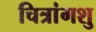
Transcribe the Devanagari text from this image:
चित्रांगशु